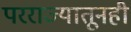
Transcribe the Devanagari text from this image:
परराज्यातूनही